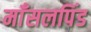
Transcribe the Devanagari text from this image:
माँसलपिंड